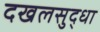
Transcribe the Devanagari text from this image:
दखलसुद्धा